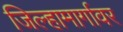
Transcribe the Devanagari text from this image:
जिल्हामार्गावर